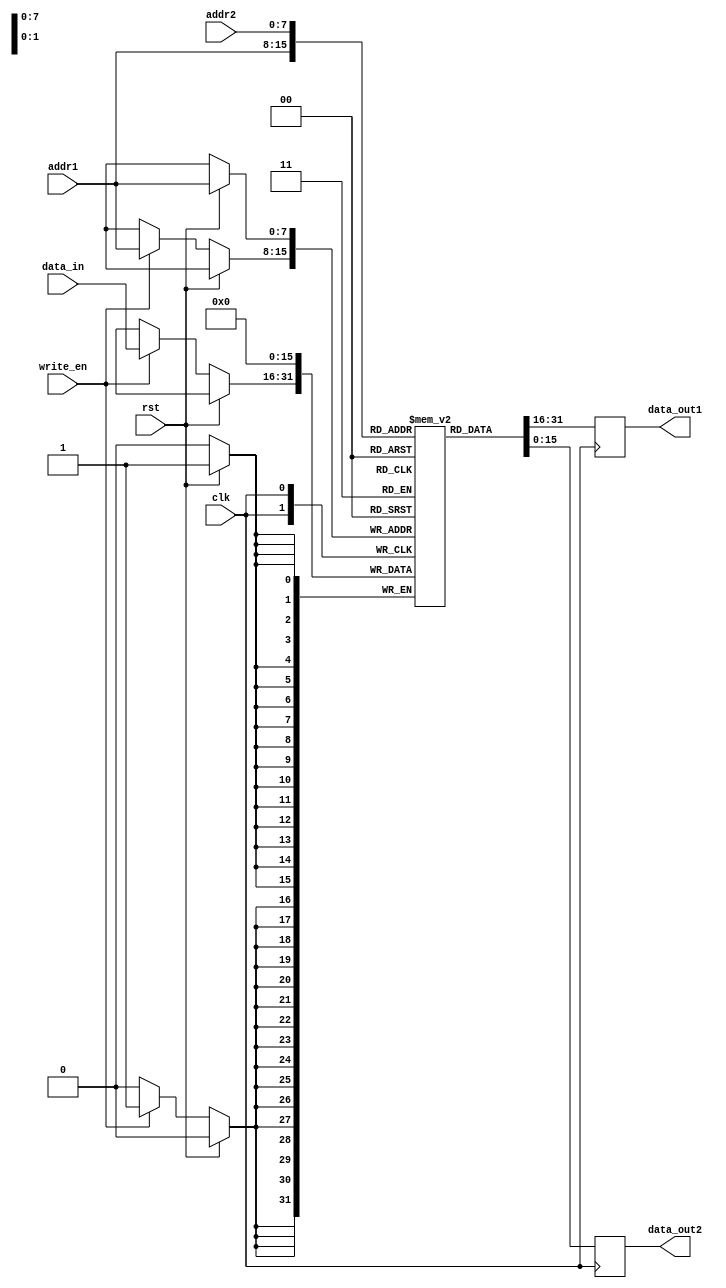
module dual_port_ram (
    input wire clk,
    input wire rst,
    input wire [ADDR_WIDTH-1:0] addr1,
    input wire [ADDR_WIDTH-1:0] addr2,
    input wire write_en,
    input wire [DATA_WIDTH-1:0] data_in,
    output reg [DATA_WIDTH-1:0] data_out1,
    output reg [DATA_WIDTH-1:0] data_out2
);

parameter ADDR_WIDTH = 8; // Set the address width of the RAM
parameter DATA_WIDTH = 16; // Set the data width of the RAM
reg [DATA_WIDTH-1:0] memory [0:2**ADDR_WIDTH-1]; // Define the memory array

// Synchronous write operation
always @(posedge clk) begin
    if (rst) begin
        memory[addr1] <= 0;
    end else begin
        if (write_en) begin
            memory[addr1] <= data_in;
        end
    end
end

// Synchronous read operations for both ports
always @(posedge clk) begin
    data_out1 <= memory[addr1];
    data_out2 <= memory[addr2];
end

endmodule